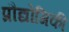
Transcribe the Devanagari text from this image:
प्रौद्योगिकी